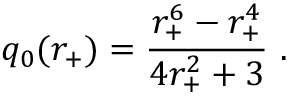
q _ { 0 } ( r _ { + } ) = { \frac { r _ { + } ^ { 6 } - r _ { + } ^ { 4 } } { 4 r _ { + } ^ { 2 } + 3 } } \ .